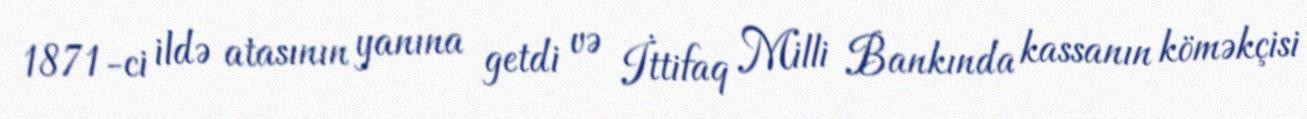
1871-ci ildə atasının yanına getdi və İttifaq Milli Bankında kassanın köməkçisi